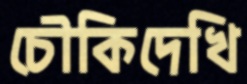
চৌকিদেখি